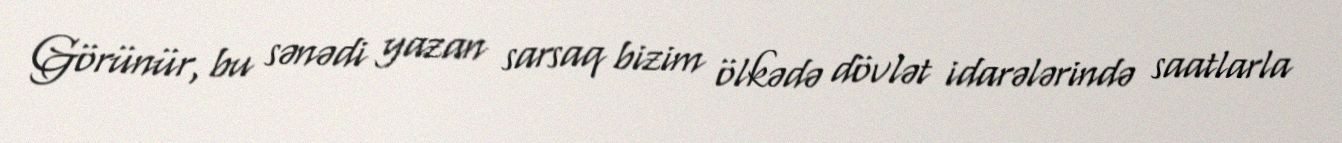
Görünür, bu sənədi yazan sarsaq bizim ölkədə dövlət idarələrində saatlarla